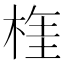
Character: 𣔫